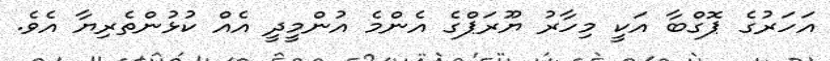
އަހަރުގެ ޕޮގްބާ އަކީ މިހާރު ޔޫރަޕްގެ އެންމެ އުންމީދީ އެއް ކުޅުންތެރިޔާ އެވެ.